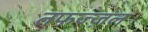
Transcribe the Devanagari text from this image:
तफज्ज़ल